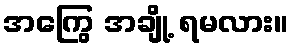
အကြွေ အချို့ ရမလား။